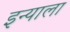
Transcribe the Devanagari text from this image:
इन्याला